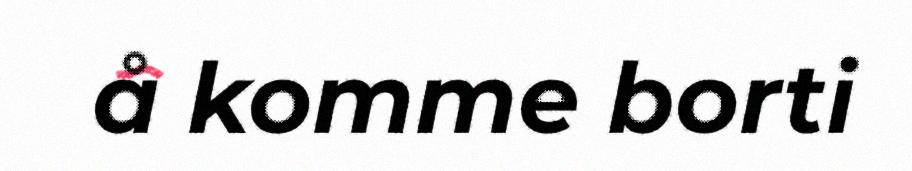
å komme borti